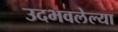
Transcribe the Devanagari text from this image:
उदभवलेल्या